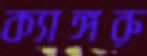
ক্যাঙ্গরু